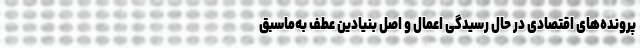
پرونده‌های اقتصادی در حال رسیدگی اعمال و اصل بنیادین عطف به‌ماسبق